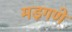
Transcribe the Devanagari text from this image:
मड़गणे